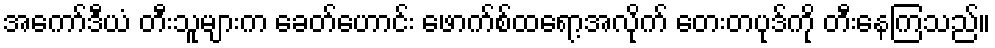
အကော်ဒီယံ တီးသူများက ခေတ်ဟောင်း ဖောက်စ်ထရော့အလိုက် တေးတပုဒ်ကို တီးနေကြသည်။